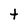
Character: t